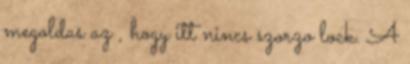
megoldas az , hogy itt nincs szorzo lock. A